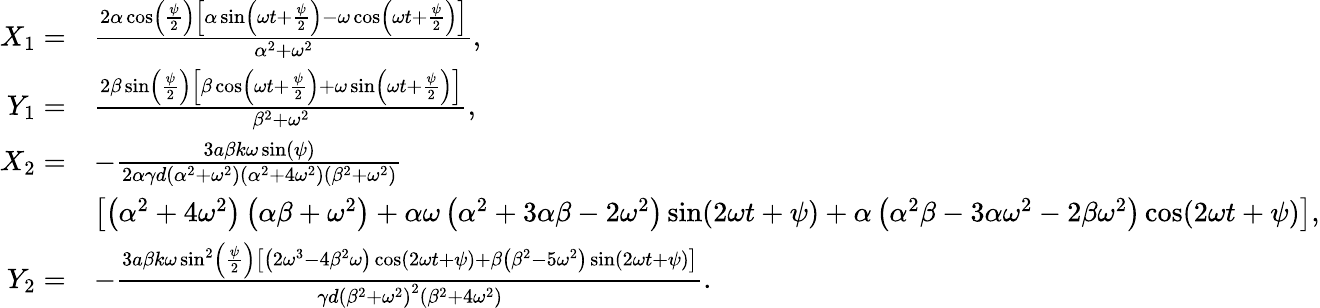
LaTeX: \begin{array}{rl}{{X}_{1}=}&{\frac{2\alpha\cos\left(\frac{\psi}{2}\right)\left[\alpha\sin\left(\omega t+\frac{\psi}{2}\right)-\omega\cos\left(\omega t+\frac{\psi}{2}\right)\right]}{\alpha^{2}+\omega^{2}},}\\ {{Y}_{1}=}&{\frac{2\beta\sin\left(\frac{\psi}{2}\right)\left[\beta\cos\left(\omega t+\frac{\psi}{2}\right)+\omega\sin\left(\omega t+\frac{\psi}{2}\right)\right]}{\beta^{2}+\omega^{2}},}\\ {{X}_{2}=}&{-\frac{3a\beta k\omega\sin(\psi)}{2\alpha\gamma d\left(\alpha^{2}+\omega^{2}\right)\left(\alpha^{2}+4\omega^{2}\right)\left(\beta^{2}+\omega^{2}\right)}}\\ &{\left[\left(\alpha^{2}+4\omega^{2}\right)\left(\alpha\beta+\omega^{2}\right)+\alpha\omega\left(\alpha^{2}+3\alpha\beta-2\omega^{2}\right)\sin(2\omega t+\psi)+\alpha\left(\alpha^{2}\beta-3\alpha\omega^{2}-2\beta\omega^{2}\right)\cos(2\omega t+\psi)\right],}\\ {{Y}_{2}=}&{-\frac{3a\beta k\omega\sin^{2}\left(\frac{\psi}{2}\right)\left[\left(2\omega^{3}-4\beta^{2}\omega\right)\cos(2\omega t+\psi)+\beta\left(\beta^{2}-5\omega^{2}\right)\sin(2\omega t+\psi)\right]}{\gamma d\left(\beta^{2}+\omega^{2}\right)^{2}\left(\beta^{2}+4\omega^{2}\right)}.}\end{array}